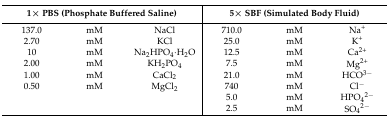
| <COLSPAN=3> 1× PBS (Phosphate Buffered Saline) | <COLSPAN=3> 5× SBF (Simulated Body Fluid) |
 | --- | --- | --- | --- | --- | --- |
 | 137.0 | mM | NaCl | 710.0 | mM | Na+ |
 | 2.70 | mM | KCl | 25.0 | mM | K+ |
 | 10 | mM | Na2HPO4·H2O | 12.5 | mM | Ca2+ |
 | 2.00 | mM | KH2PO4 | 7.5 | mM | Mg2+ |
 | 1.00 | mM | CaCl2 | 21.0 | mM | HCO3− |
 | 0.50 | mM | MgCl2 | 740 | mM | Cl− |
 | <COLSPAN=3>  | 5.0 | mM | HPO42− |
 | <COLSPAN=3>  | 2.5 | mM | SO42− |